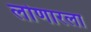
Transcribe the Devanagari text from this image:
लोणारला